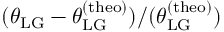
( \theta _ { \mathrm { L G } } - \theta _ { \mathrm { L G } } ^ { \mathrm { ( t h e o ) } } ) / ( \theta _ { \mathrm { L G } } ^ { \mathrm { ( t h e o ) } } )